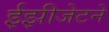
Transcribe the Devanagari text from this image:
ईझीजेटने